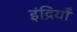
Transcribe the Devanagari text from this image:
इंद्रियोँ